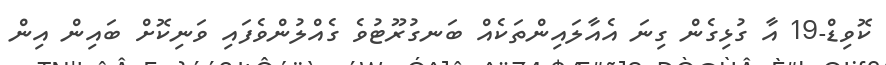
ކޮވިޑް-19 އާ ގުޅިގެން ގިނަ އެއާލައިންތަކެއް ބަނގުރޫޓުވެ ގެއްލުންވެފައި ވަނިކޮށް ބައިން އިން